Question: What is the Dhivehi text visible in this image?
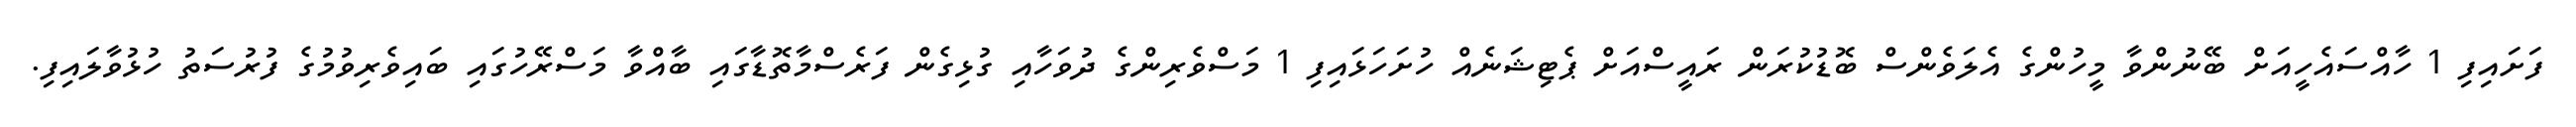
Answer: ފަށައިފި 1 ހާއްސައެހީއަށް ބޭނުންވާ މީހުންގެ އެލަވެންސް ބޮޑުކުރަން ރައީސްއަށް ޕެޓިޝަނެއް ހުށަހަޅައިފި 1 މަސްވެރިންގެ ދުވަހާއި ގުޅިގެން ފަރެސްމާތޮޑާގައި ބާއްވާ މަސްރޭހުގައި ބައިވެރިވުމުގެ ފުރުސަތު ހުޅުވާލައިފި.